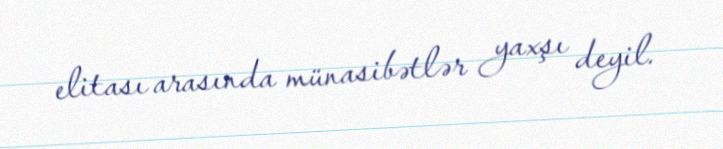
elitası arasında münasibətlər yaxşı deyil.